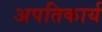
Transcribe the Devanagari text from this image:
अपतिकार्य